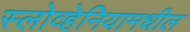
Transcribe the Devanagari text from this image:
स्लोव्हेनियामधील